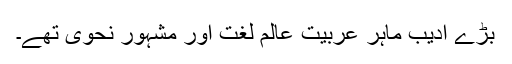
بڑے ادیب ماہر عربیت عالم لغت اور مشہور نحوی تھے۔